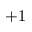
+ 1